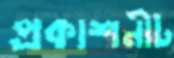
প্রকাশনীট